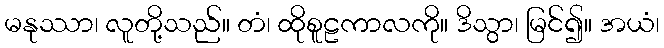
မနုဿာ၊ လူတို့သည်။ တံ၊ ထိုစူဠကာလကို။ ဒိသွာ၊ မြင်၍။ အယံ၊